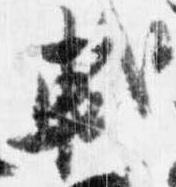
軾